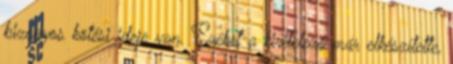
bizonyos kötési ideje van. Ezeket a kivitelező már elkészítette,